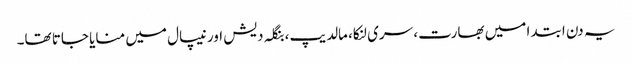
یہ دن ابتدا میں بھارت، سری لنکا، مالدیپ، بنگلہ دیش اور نیپال میں منایا جاتا تھا۔